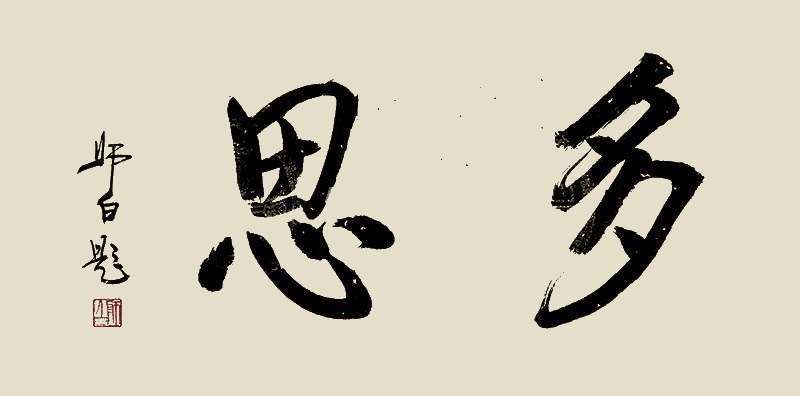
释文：多思师白题。